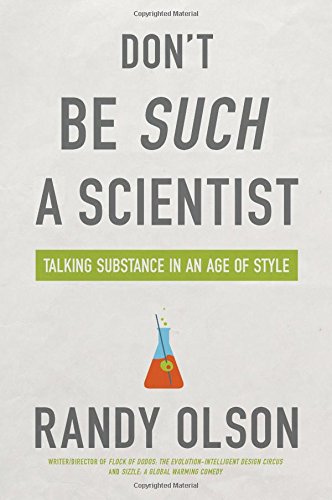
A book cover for Don't Be Such a Scientist: Talking Substance in an Age of Style; Randy Olson; Reference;